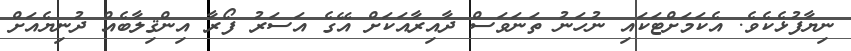
ނިޔާފުޅެކެވެ. އެކަމަށްޓަކައި ނުހަނު ތަނަވަސް ދާއިރާއަކަށް އޭގެ އަސަރު ފޯރާ އިންޤިލާބެއް ދުނިޔެއަށް